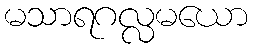
မသာရဂလ္လမယော